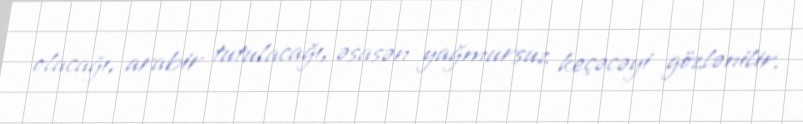
olacağı, arabir tutulacağı, əsasən yağmursuz keçəcəyi gözlənilir.